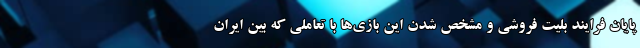
پایان فرایند بلیت فروشی و مشخص شدن این بازی‌ها با تعاملی که بین ایران